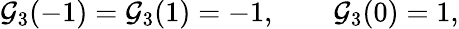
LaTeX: {\cal G}_{3}(-1)={\cal G}_{3}(1)=-1,\qquad{\cal G}_{3}(0)=1,